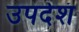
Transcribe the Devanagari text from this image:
उपदेशं